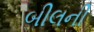
બીલની